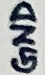
Text: GND